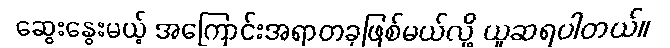
ဆွေးနွေးမယ့် အကြောင်းအရာတခုဖြစ်မယ်လို့ ယူဆရပါတယ်။